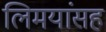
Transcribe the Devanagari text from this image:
लिमयांसह